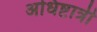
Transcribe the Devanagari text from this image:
अधिष्टात्री